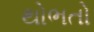
થોભતો